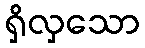
ရှိလှသော